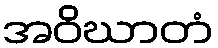
အဝိဃာတံ